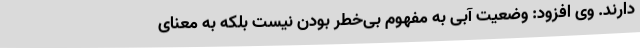
دارند. وی افزود: وضعیت آبی به مفهوم بی‌خطر بودن نیست بلکه به معنای